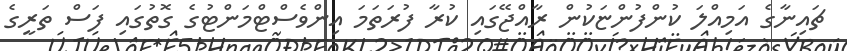
ޗައިނާގެ އަމިއްލަ ކުންފުންޏަކުން ރާއްޖޭގައި ކުރާ ފުރަތަމަ އިންވެސްޓްމަންޓުގެ ގޮތުގައި ފަސް ތަރީގެ